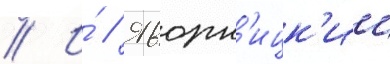
// И́ // Яворн'ицк'ии